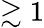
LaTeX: \gtrsim 1